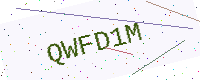
Text: QWFD1M